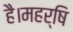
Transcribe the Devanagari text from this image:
है।महर्षि